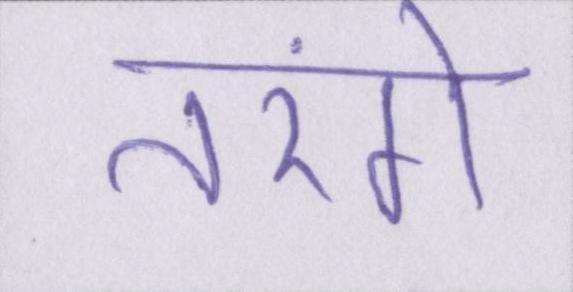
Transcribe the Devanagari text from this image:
तरंगे